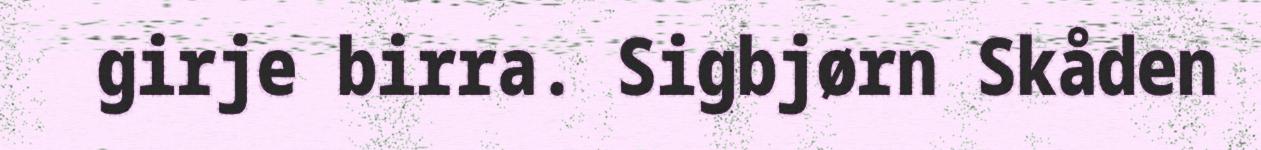
girje birra. Sigbjørn Skåden